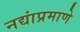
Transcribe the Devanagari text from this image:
नद्यांप्रमाणे